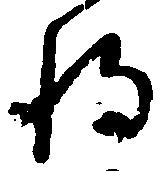
将